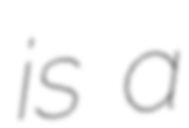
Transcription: is a